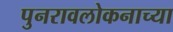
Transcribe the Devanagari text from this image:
पुनरावलोकनाच्या